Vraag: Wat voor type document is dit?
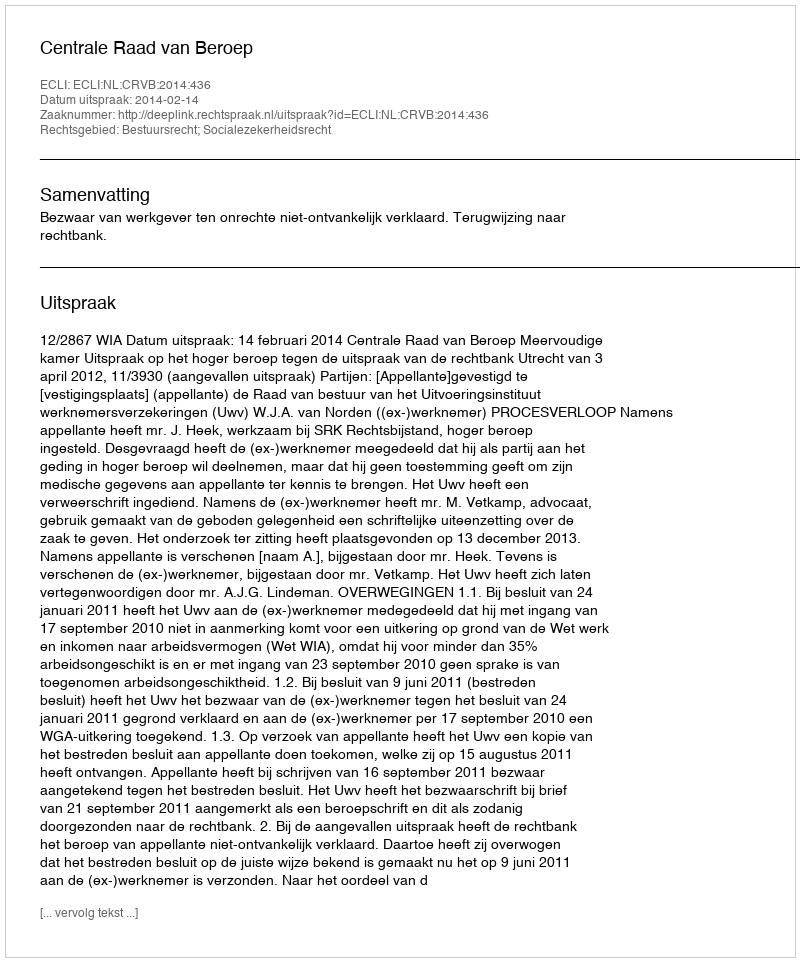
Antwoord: Uitspraak